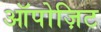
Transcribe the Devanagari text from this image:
ऑपोज़िट